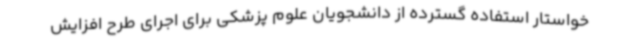
خواستار استفاده گسترده از دانشجویان علوم پزشکی برای اجرای طرح افزایش